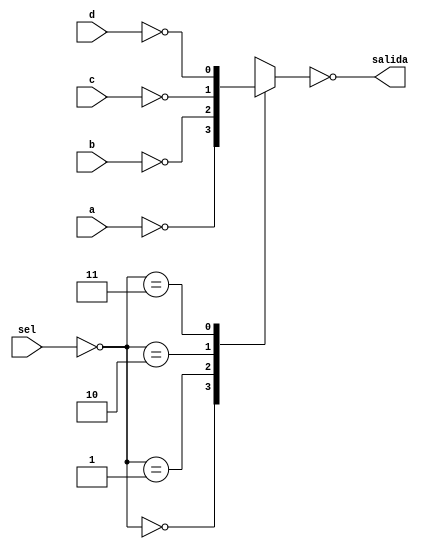
module multiplexor_case (
    input [1:0]sel,
    input a,b,c,d,
    output reg salida
);
    reg [1:0]sel_aux;
    reg A,B,C,D;
    reg sal_aux;

    always @(*) begin
        sel_aux=~sel;
        {A,B,C,D}={~a,~b,~c,~d};

        case (sel_aux)
            2'b00 : sal_aux = A;
            2'b01 : sal_aux = B;
            2'b10 : sal_aux = C; 
            2'b11 : sal_aux = D;
            default: sal_aux = A;
        endcase

        salida=~sal_aux;
    end
endmodule